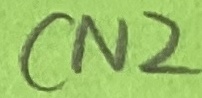
Text: CN2